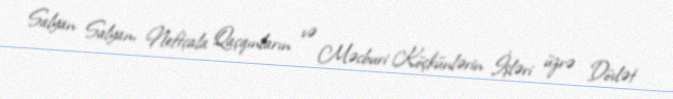
Salyan Salyan, Neftçala Qaçqınların və Məcburi Köçkünlərin İşləri üzrə Dövlət